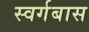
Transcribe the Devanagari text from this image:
स्वर्गबास